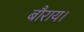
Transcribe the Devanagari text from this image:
बौराय।